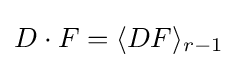
D\cdot F=\langle DF\rangle _{r-1}